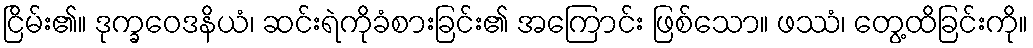
ငြိမ်း၏။ ဒုက္ခဝေဒနိယံ၊ ဆင်းရဲကိုခံစားခြင်း၏ အကြောင်း ဖြစ်သော။ ဖဿံ၊ တွေ့ထိခြင်းကို။